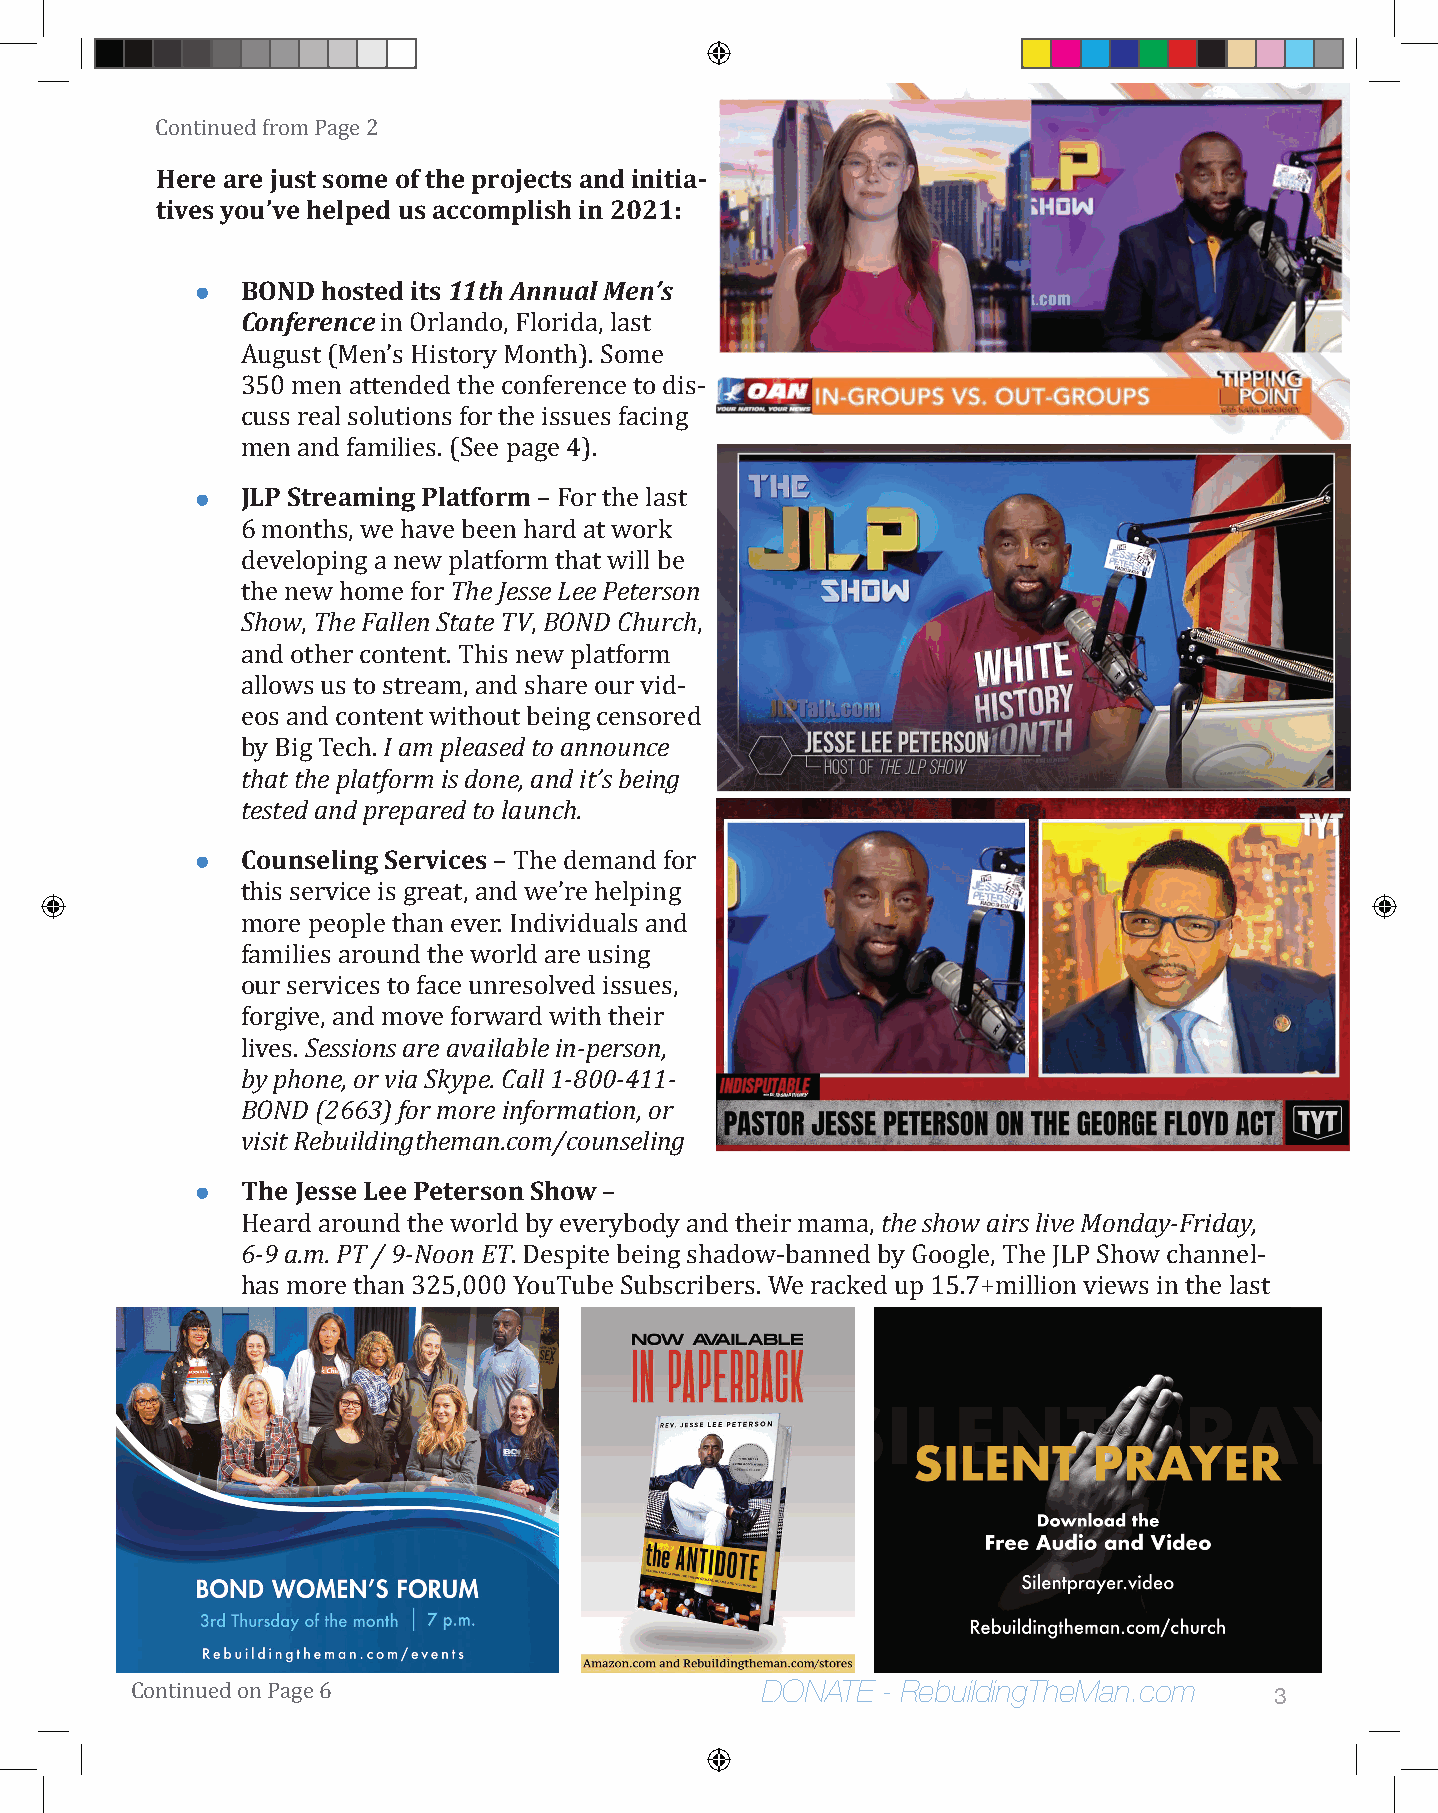
CHoenrtien uaerde f rjuomst P saogem 2e of the projects and initia-
 tives you’ve helped us accomplish in 2021:
 •  BOND hosted its 11th Annual Men’s
 Conference
 in Orlando, Florida, last
 August (Men’s History Month). Some
 350 men attended the conference to dis-
 cuss real solutions for the issues facing
 •  JLP Streaming Platform
 men and families. (See page 4).
 – For the last
 6 months, we haveT bheee Jne shsaer Lde aet P wetoerrks on
 dSheovweloTphineg F aa lnleenw S ptalatetf TorVmB tOhNatD w Cihllu brech
 the new home for
 ,              ,          ,
 and other content. This new platform
 allows us to sI tarmea pmle, aasnedd s thoa arne noouurn vcied -
 ethoast a tnhde cpolanttfeonrmt w isit dhoonuet, baenidn git ’cse bnesionrge d
 bteys tBeidg aTnedc hp.repared to launch.
 •  Counseling Services
 – The demand for
 this service is great, and we’re helping
 more people than ever. Individuals and
 families around the world are using
 our seSrevsiscieosn sto a fraec aev uanilraebsloel ivne-dp eisrssoune,s ,
 fboyr pghivoen, ea,n odr mvioav Sek fyoprew. Caardll w1-i8th00 t-h4e1ir1 -
 lBivOeNsD. (2663) for more information, or
 visit Rebuildingtheman.com/counseling
 •  The Jesse Lee Peterson Show
 the show airs live Monday-Friday,
 6-9 a.m. PT / 9-Noon ET –
 Heard around the world by everybody and their mama,
 . Despite being shadow-banned by Google, The JLP Show channel-
 has more than 325,000 YouTube Subscribers. We racked up 15.7+million views in the last
 DONATE  - RebuildingTheMan.com
 3
 Continued on Page 6